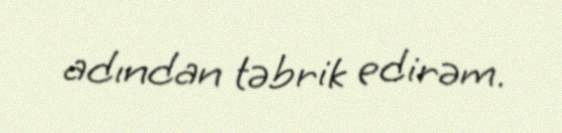
adından təbrik edirəm.